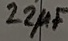
Text: 22µF